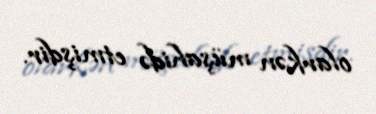
olarkən müşahidə etmişdir.